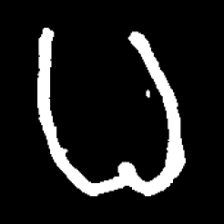
Pyu character \u2014 Myanmar letter: ဓ (romanized: dha)